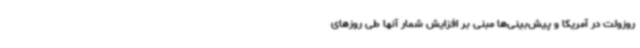
روزولت در آمریکا و پیش‌بینی‌ها مبنی بر افزایش شمار آنها طی روزهای